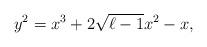
LaTeX: \begin{align*} y^2 = x^3 + 2\sqrt{\ell-1}x^2 - x,\end{align*}